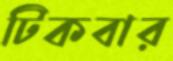
টিকবার